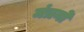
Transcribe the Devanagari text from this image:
मंत्रनो